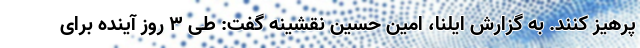
پرهیز کنند. به گزارش ایلنا، امین حسین نقشینه گفت: طی ۳ روز آینده برای